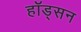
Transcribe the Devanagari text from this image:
हॉड्सन